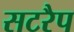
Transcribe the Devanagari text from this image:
सटरैप